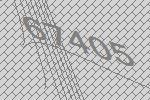
67405